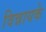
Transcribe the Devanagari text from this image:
विन्नायके